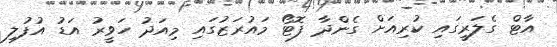
އާޓް ގެލަރީގައި ކުރިއަށް ގެންދާ ފޮޓޯ މައުރަޒުގައި މިއަދު ހަވީރު އަޑު އުފުލި